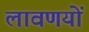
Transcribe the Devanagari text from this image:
लावणयों